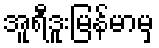
အူရီဒူးမြန်မာမှ